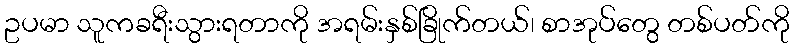
ဥပမာ သူကခရီးသွားရတာကို အရမ်းနှစ်ခြိုက်တယ်၊ စာအုပ်တွေ တစ်ပတ်ကို